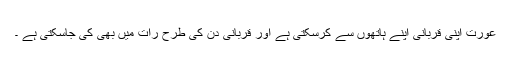
عورت اپنی قربانی اپنے ہاتھوں سے کرسکتی ہے اور قربانی دن کی طرح رات میں بھی کی جاسکتی ہے ۔